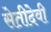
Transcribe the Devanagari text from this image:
सेतीदेवी